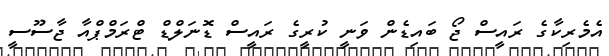
އެމެރިކާގެ ރައީސް ޖޯ ބައިޑެން ވަނީ ކުރީގެ ރައީސް ޑޮނަލްޑް ޓްރަމްޕްއާ ޖާސޫސީ